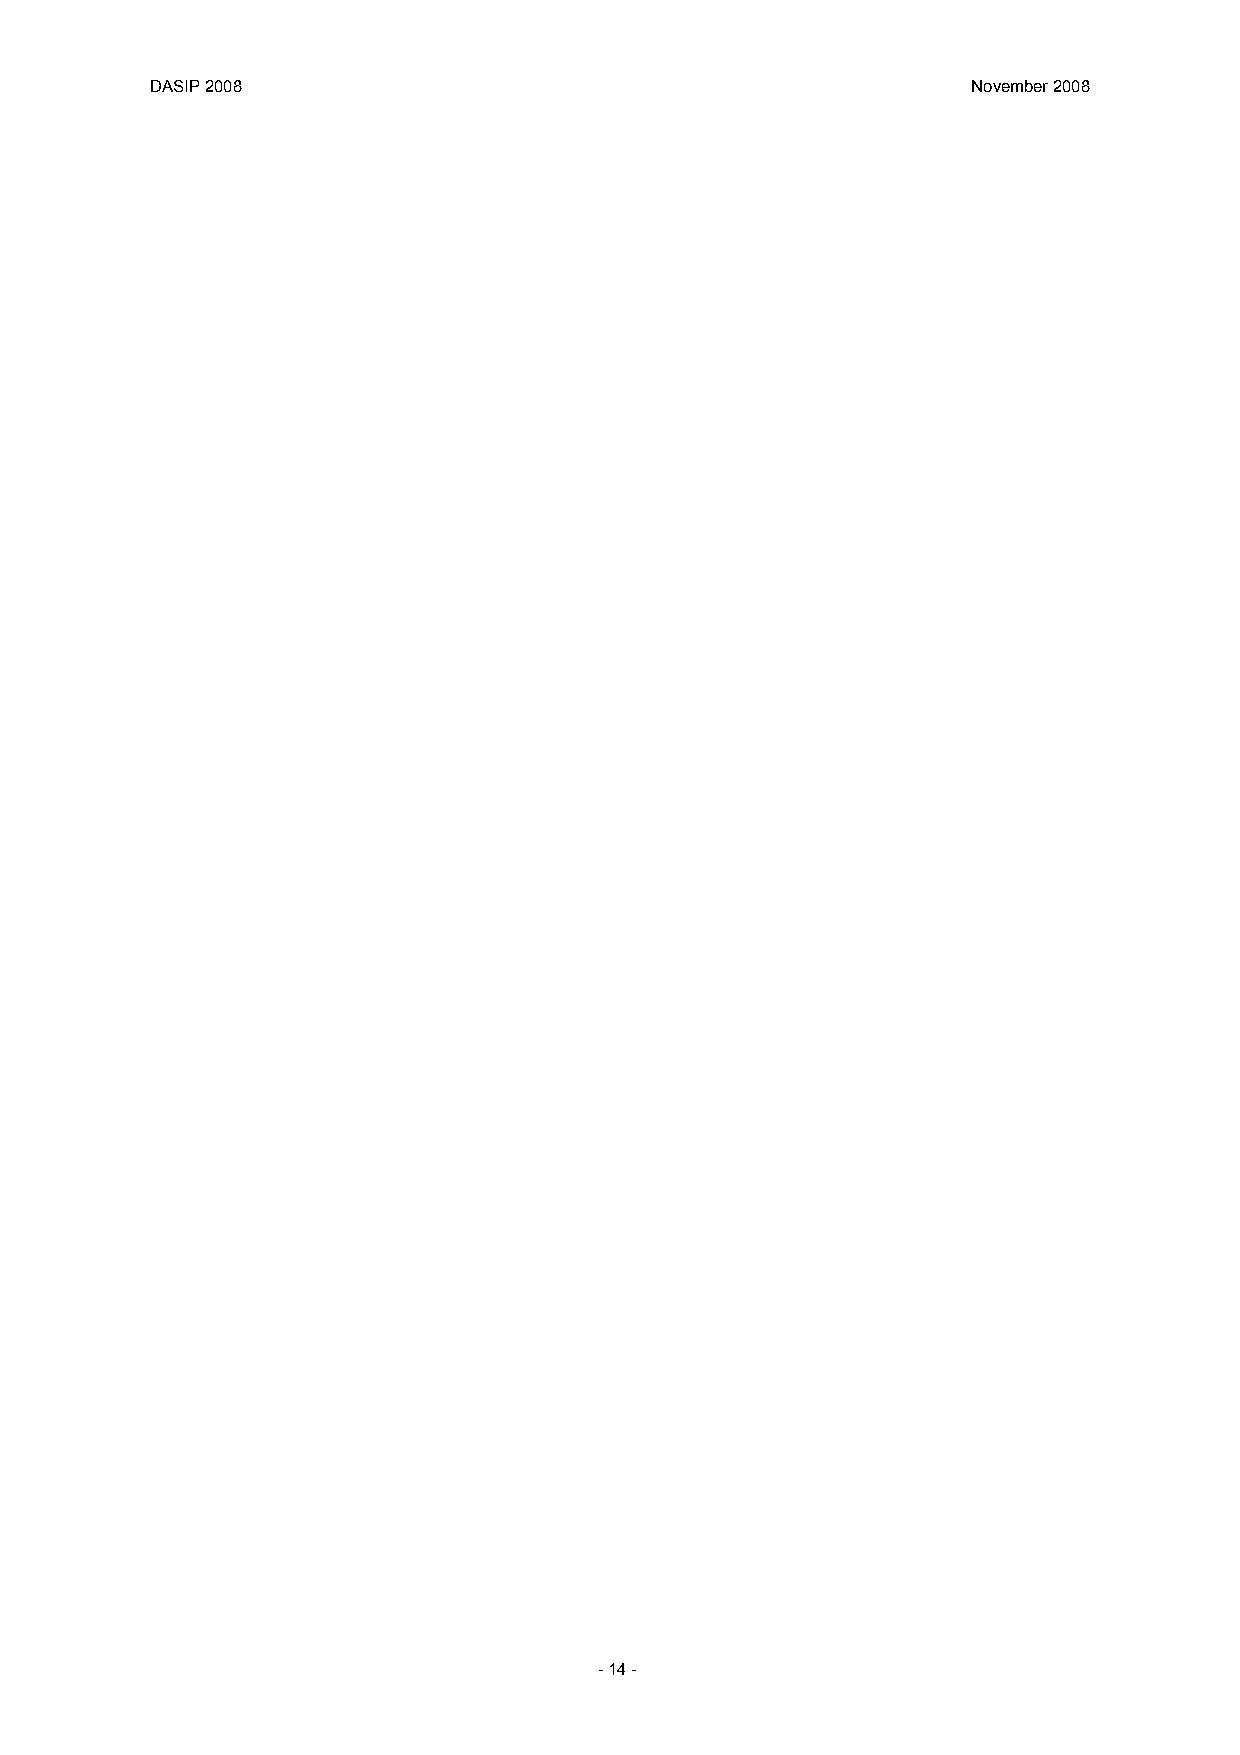
DASIP 2008                                            November 2008
 - 14 -